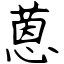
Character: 蒽